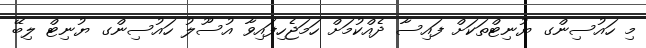
މި ހައުސިންގ ޔުނިޓްތަކަށް ފައިސާ ދެއްކުމަށް ހަމަޖެހިފައިވާ އުސޫލު ހައުސިންގ ޔުނިޓް ލިބޭ